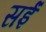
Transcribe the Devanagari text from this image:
सईं